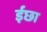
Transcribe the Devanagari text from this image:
ईछा